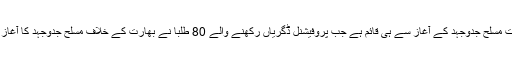
یہ روایت مسلح جدوجہد کے آغاز سے ہی قائم ہے جب پروفیشنل ڈگریاں رکھنے والے 80 طلبا نے بھارت کے خلاف مسلح جدوجہد کا آغاز کیا تھا۔